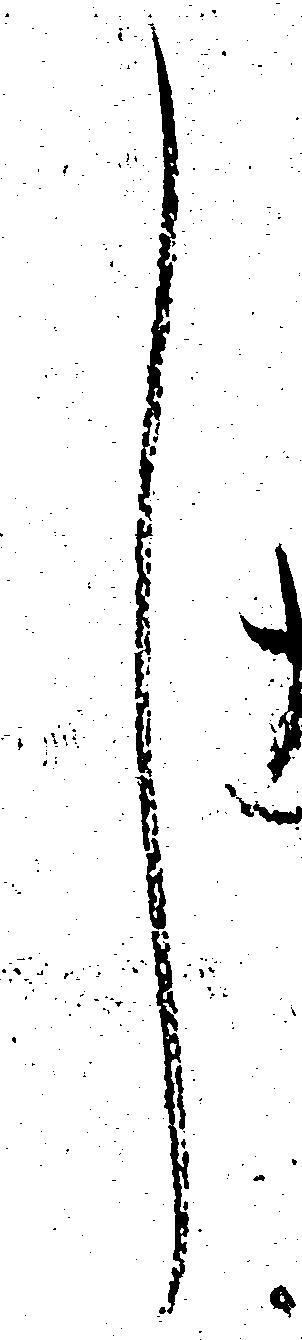
し